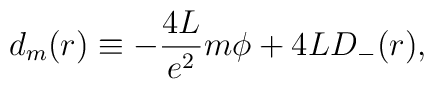
d_m(r) \equiv - \frac{4L}{e^2} m{\phi}+ 4L D_{-}(r),